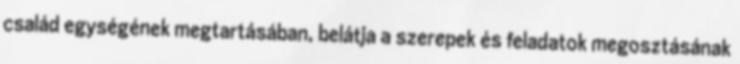
család egységének megtartásában, belátja a szerepek és feladatok megosztásának